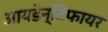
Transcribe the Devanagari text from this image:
आयडेन्टिफायर